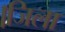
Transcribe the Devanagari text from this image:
।जिला